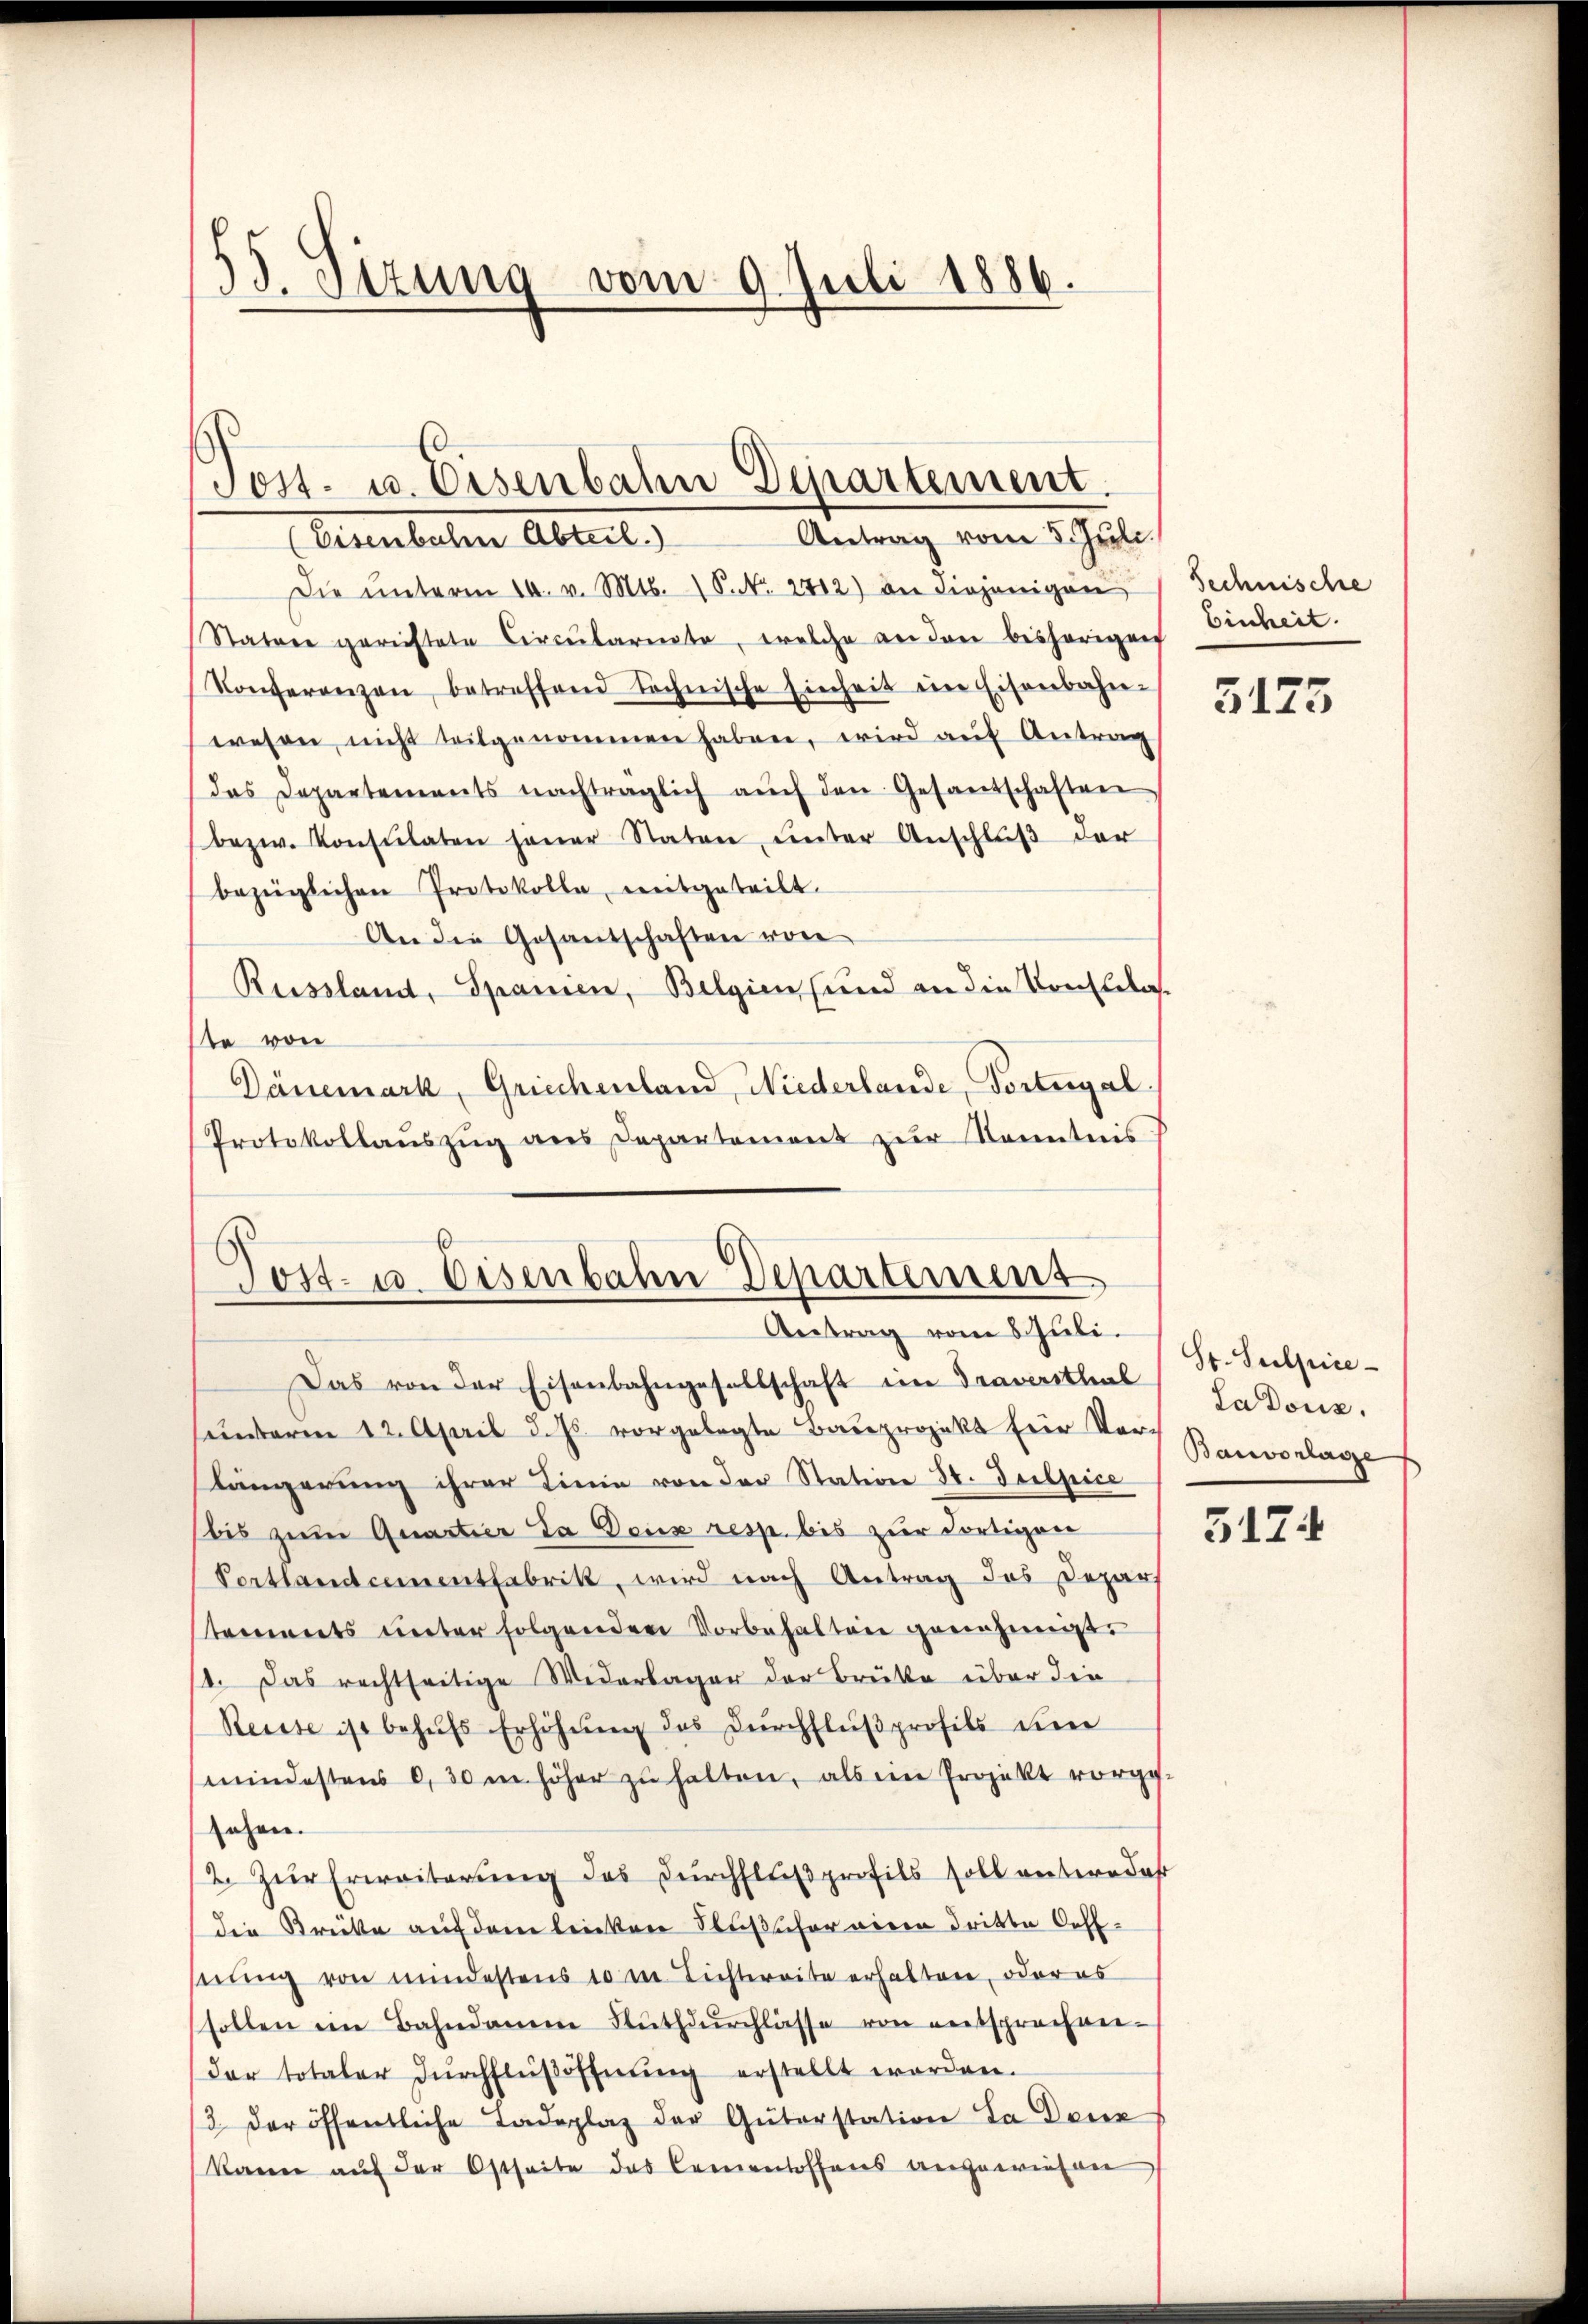
55. Sitzung vom 9. Juli 1886.

Die ŭnterm 14. v. Mts. S. Nr. 212) an diejenigen
Statuer gerichtete Circularente, welche an den bisherigen
Konferenzen betreffend technische Einheit im Eisenbahn-
wesen, nicht teilgenommen haben, wird auf Antrag
das Departements nachträglich aŭch den Gesandschaften
bezw. Konsulaten jener Staten ŭnter Anschlŭβ der
bezüglichen Protokolle, mitgeteilt.
An die Gesantschaften von
Russland, Spanien, Belgien (und an die Konflelas
te von
Dänemark, Griechenland, Niederlande, Dortugal.
Protokollaŭszŭg ans Departement zŭr Kenntnis

Tost. u. Eisenbahn Departement.
Antrag vom 5. Juli.
(Eisenbahn Abteil.)

Post- u. Eisenbahn Departement
Antrag vom 6 Juli.

Das von der Eisenbahngesellschaft im Traversthal
emnterm 12. April d. Js. vorgelegte Bauprojekt für Vor-
Längerŭng ihrer Linie von der Station St. Seelpice
bis zum Quartier Ja Dein resp. bis zur dortigen
Portlandcementfabrik, wird nach Antrag das Depar
tements unter folgenden Vorbehalten genehmigt.
11. Das rechtseitige Widerlager der Brütte über die
Reisse ist behŭfs Erhöhŭng des Dŭrchflußprofils im
mindestens 0,30 m höher zŭ halten, als ein Projekt vorge-
sehen.
2. Zur Erweiterung des Durchflußprofils soll untern dar
die Breite auf dem leichen Flußicher einen dritte Oeffserung von mindestens 10 in Lichtereite erhalten, oder es
sollen im Bahndamm Nŭthdŭrchlasse von entsprechnei-
dar totaler Dŭrchflüβöffnŭng erstellt werden.
3 der öffentliche Ladeplaz der Güterstation da Denz
kann auf der Ostseite das Cementoffens angewiesen

Sechnische
Einheit.

5175

St. Sulpice-
Ladous.
Banvorlage

5124